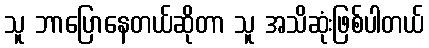
သူ ဘာပြောနေတယ်ဆိုတာ သူ အသိဆုံးဖြစ်ပါတယ်